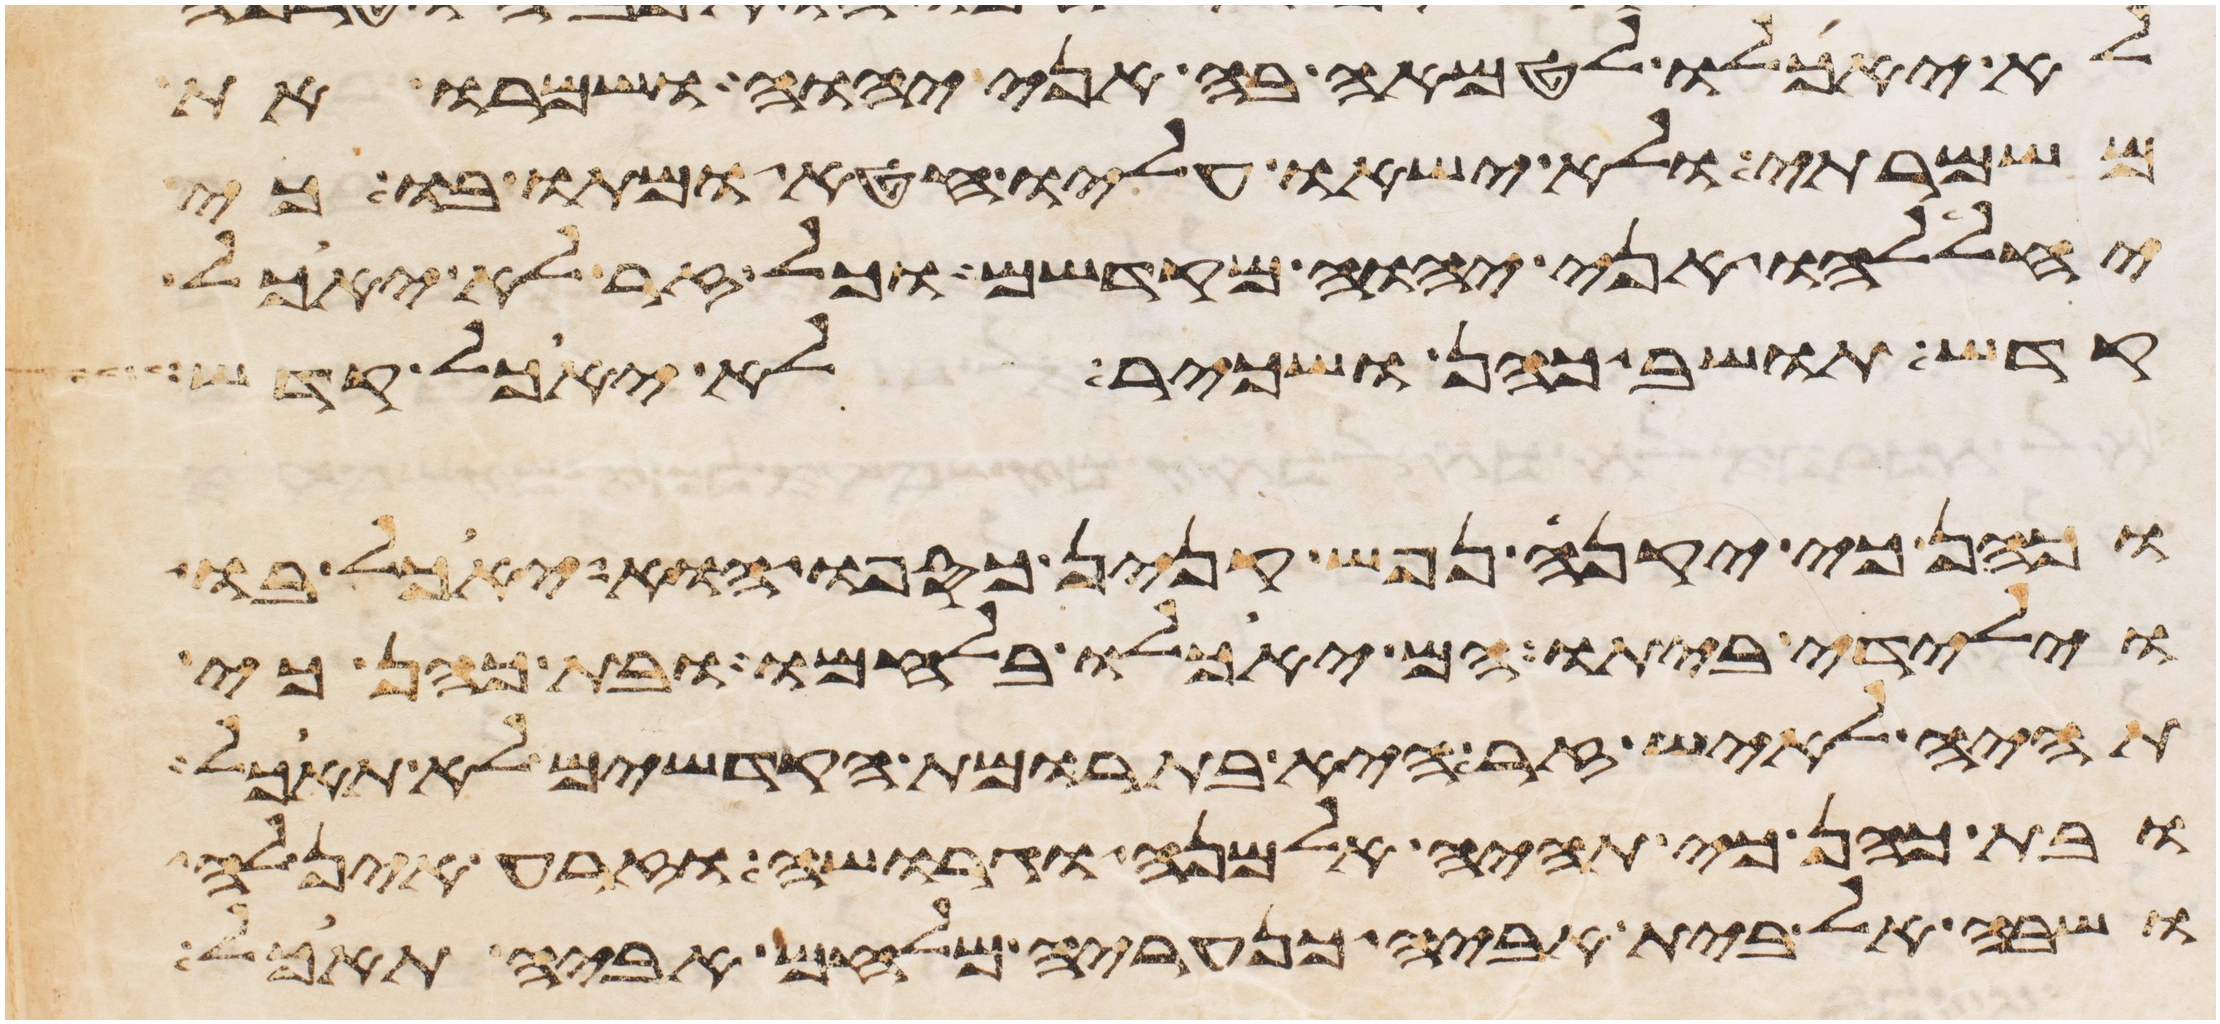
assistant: לא יאכלו לטמאה בה אני יהוה ושמרו את
משמרתי ולא ישאו עליו חטא ומתו בו כי
יחללהו אני יהוה מקדשם וכל זר לא יאכל
קדש תושב כהן ושכיר לא יאכל קדש
וכהן כי יקנה נפש קנין כספו הוא יאכל בו
וילידי ביתו הם יאכלו בלחמו ובת כהן כי
תהיה לאיש זר היא בתרומת הקדשים לא תאכל
ובת כהן כי תהיה אלמנה וגרושה וזרע אין לה
ושבה אל בית אביה כנעריה מלחם אביה תאכל